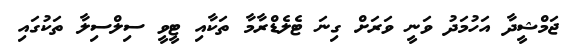
ޖަމްޝީދާ އަހުމަދު ވަނީ ވަރަށް ގިނަ ޓެލެޑްރާމާ ތަކާއި ޓީވީ ސިލްސިލާ ތަކުގައި